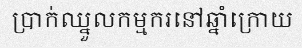
ប្រាក់ឈ្នួលកម្មករនៅឆ្នាំក្រោយ